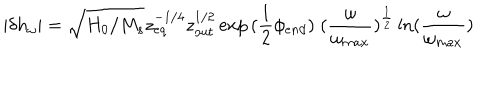
| \delta { h _ { \omega } } | = \sqrt { H _ { 0 } / M _ { s } } z _ { e q } ^ { - 1 / 4 } z _ { o u t } ^ { 1 / 2 } \exp { ( \frac { 1 } { 2 } \phi _ { e n d } ) } \; ( { \frac { \omega } { \omega _ { m a x } } } ) ^ { \frac { 1 } { 2 } } \ln ( { \frac { \omega } { \omega _ { m a x } } } )